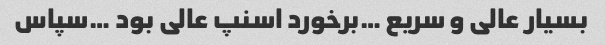
بسیار عالی و سریع …برخورد اسنپ عالی بود …سپاس